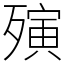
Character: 殥